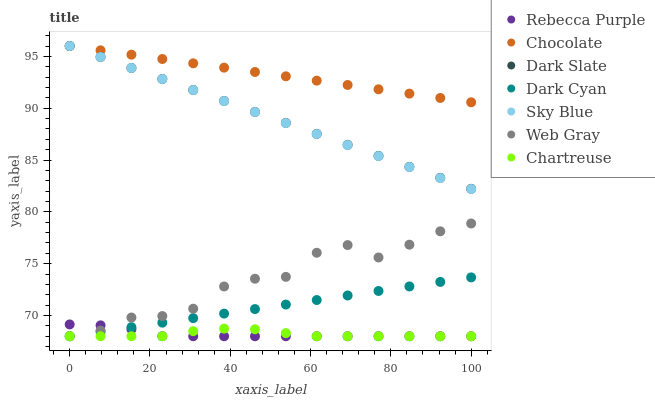
| xaxis_label | Rebecca Purple | Chocolate | Dark Slate | Dark Cyan | Sky Blue | Web Gray | Chartreuse |
 | --- | --- | --- | --- | --- | --- | --- | --- |
 | 0 | 69.1 | 96 | 96 | 68 | 96 | 68 | 68 |
 | 7.69 | 69.1 | 95.6 | 94.9 | 68.4 | 94.9 | 68.5 | 68 |
 | 15.4 | 68.7 | 95.2 | 93.9 | 68.9 | 93.9 | 69.8 | 68 |
 | 23.1 | 68 | 94.7 | 92.8 | 69.3 | 92.8 | 69.9 | 68 |
 | 30.8 | 68 | 94.3 | 91.8 | 69.7 | 91.8 | 70.7 | 68.5 |
 | 38.5 | 68 | 93.9 | 90.7 | 70.2 | 90.7 | 72.8 | 68.7 |
 | 46.2 | 68 | 93.5 | 89.6 | 70.6 | 89.6 | 73.5 | 68.7 |
 | 53.8 | 68 | 93.1 | 88.6 | 71.1 | 88.6 | 73.7 | 68.3 |
 | 61.5 | 68 | 92.7 | 87.5 | 71.5 | 87.5 | 76.1 | 68 |
 | 69.2 | 68 | 92.2 | 86.5 | 71.9 | 86.4 | 76.8 | 68 |
 | 76.9 | 68 | 91.8 | 85.4 | 72.4 | 85.4 | 75.6 | 68 |
 | 84.6 | 68 | 91.4 | 84.3 | 72.8 | 84.3 | 76.8 | 68 |
 | 92.3 | 68 | 91 | 83.3 | 73.2 | 83.3 | 78.1 | 68 |
 | 100 | 68 | 90.6 | 82.2 | 73.7 | 82.2 | 78.9 | 68 |